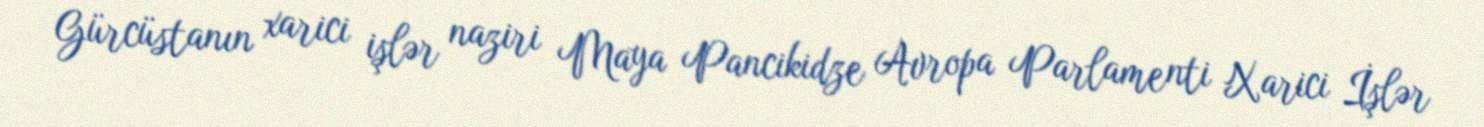
Gürcüstanın xarici işlər naziri Maya Pancikidze Avropa Parlamenti Xarici İşlər